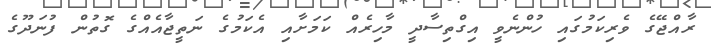
ރާއްޖޭގެ ވެރިކަމުގައި ހުންނެވީ އިގްތިސާދީ މާހިރެއް ކަަމަށާއި އެކަމުގެ ނަތީޖާއެއްގެ ގޮތުން ފުނަދޫގެ